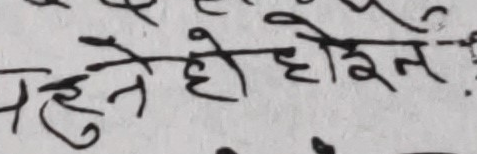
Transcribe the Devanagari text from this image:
पहने होइरेन